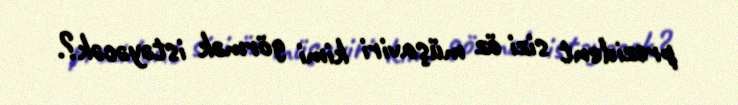
prezident sizi öz müşaviri kimi görmək istəyəcək?.